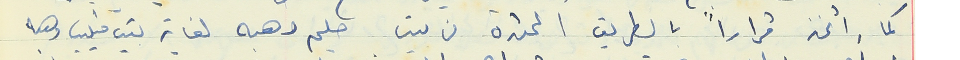
كما اتخذ قراراً بالطريق الممتدة من بيت حليم وهبه لغاية بيت فيليب وهبه